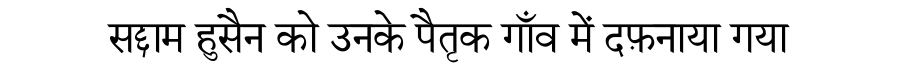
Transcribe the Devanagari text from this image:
सद्दाम हुसैन को उनके पैतृक गाँव में दफ़नाया गया